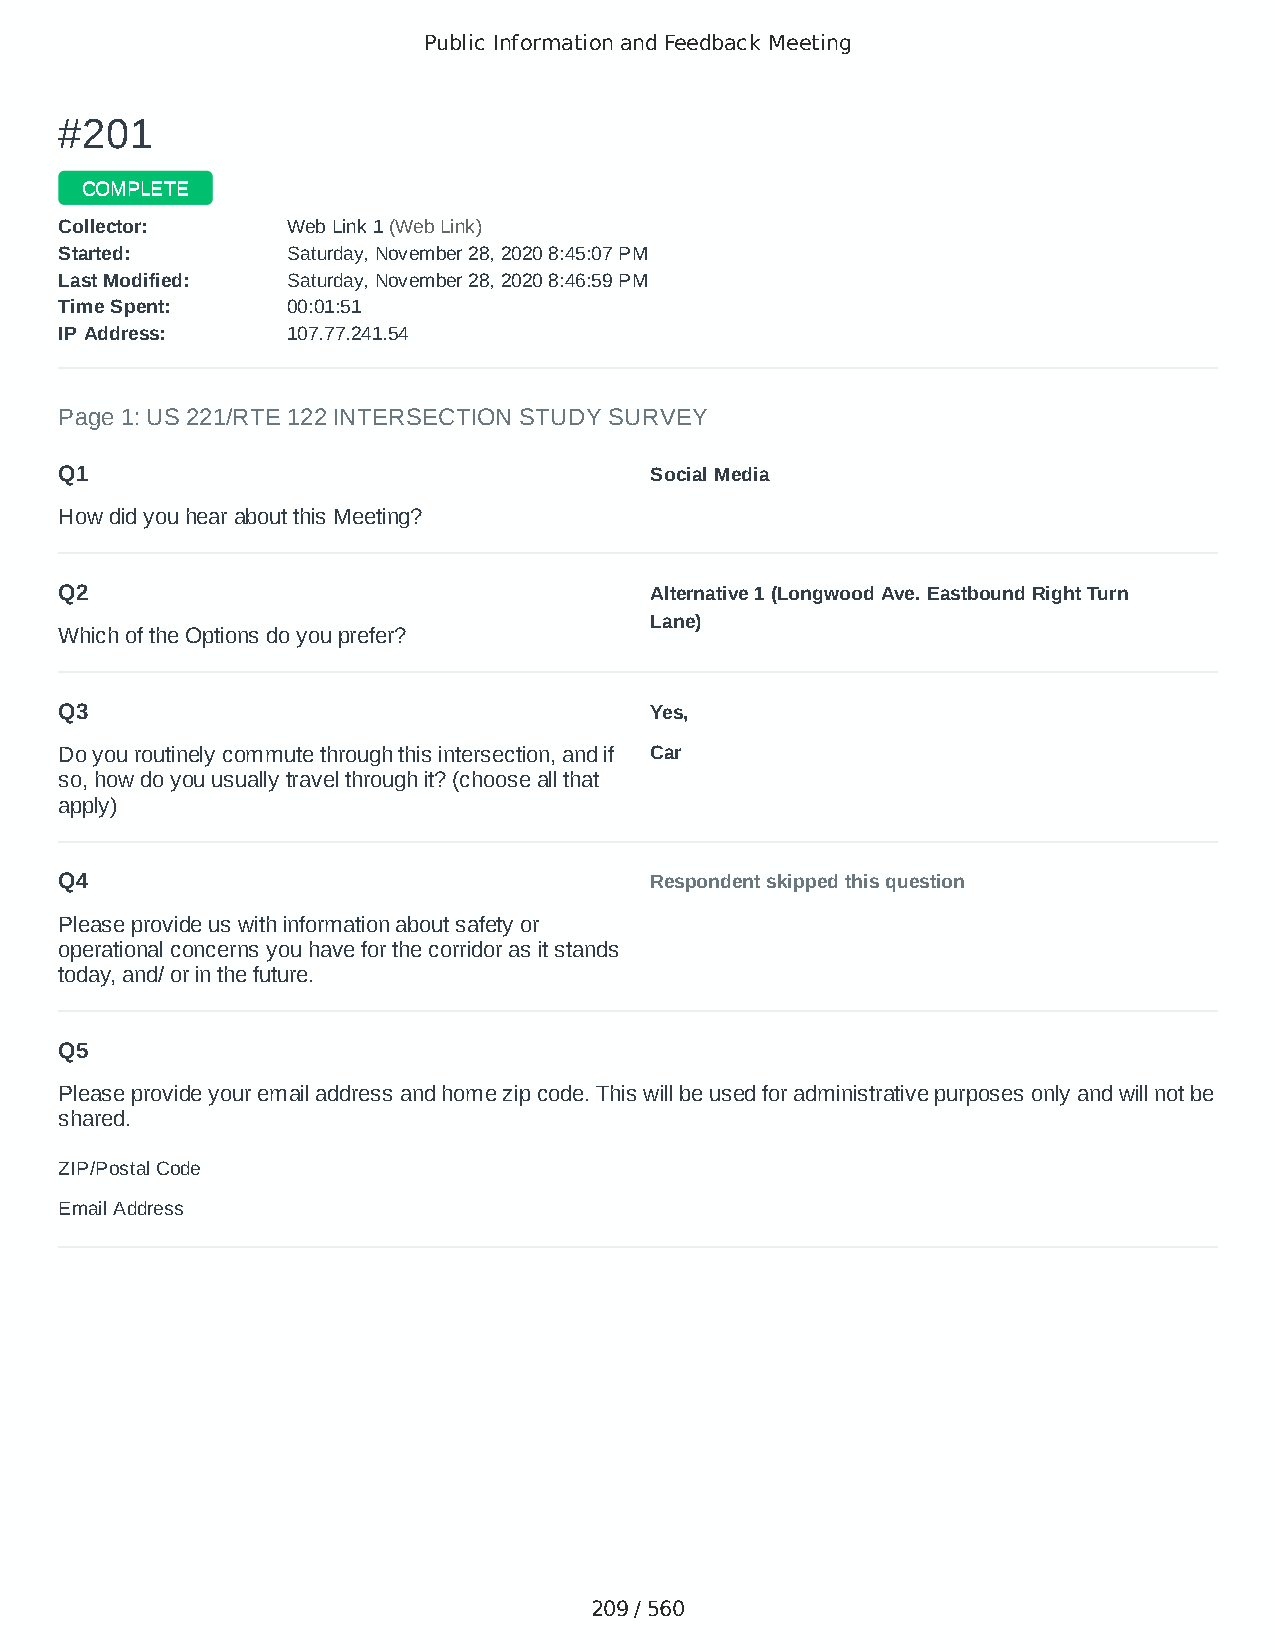
Public Information and Feedback Meeting
 ##220011
 CCOOMMPPLLEETTEE
 CCoolllleeccttoorr:: WWeebb LLiinnkk 11 ((WWeebb LLiinnkk))
 SSttaarrtteedd:: SSaattuurrddaayy,, NNoovveemmbbeerr 2288,, 22002200 88::4455::0077 PPMM
 LLaasstt MMooddiiffiieedd:: SSaattuurrddaayy,, NNoovveemmbbeerr 2288,, 22002200 88::4466::5599 PPMM
 TTiimmee SSppeenntt:: 0000::0011::5511
 IIPP AAddddrreessss:: 110077..7777..224411..5544
 Page 1: US 221/RTE 122 INTERSECTION STUDY SURVEY
 Q1                                     Social Media
 How did you hear about this Meeting?
 Q2                                     Alternative 1 (Longwood Ave. Eastbound Right Turn
 Lane)
 Which of the Options do you prefer?
 Q3                                     Yes,
 Do you routinely commute through this intersection, and if Car
 so, how do you usually travel through it? (choose all that
 apply)
 Q4                                     Respondent skipped this question
 Please provide us with information about safety or
 operational concerns you have for the corridor as it stands
 today, and/ or in the future.
 Q5
 Please provide your email address and home zip code. This will be used for administrative purposes only and will not be
 shared.
 ZIP/Postal Code                        24523
 Email Address                          snowcloud_16@yahoo.com
 209 / 560